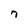
Character: 7